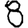
Digit: 8